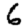
Digit: 6